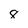
Character: 8